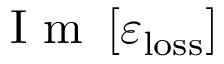
\mathrm { ~ I ~ m ~ } \left[ \varepsilon _ { \mathrm { l o s s } } \right]